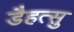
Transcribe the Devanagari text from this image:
डैहत्सु